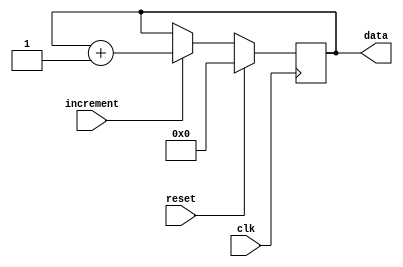
module Counter(
	clk,
	reset,
	data,
	increment);
	
	parameter WIDTH = 8;
	parameter RESET_VAL = 0;

	input clk;
	input reset;
	input increment;

	output reg [WIDTH-1:0] data;


	always@(posedge clk) begin
		if(reset) begin
			data <= RESET_VAL;
		end

		else if(increment) begin
			data <= data + 1;
		end

		else begin
			data <= data;
		end
	end
endmodule